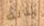
بذلك